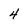
Character: 4